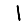
Digit: 1